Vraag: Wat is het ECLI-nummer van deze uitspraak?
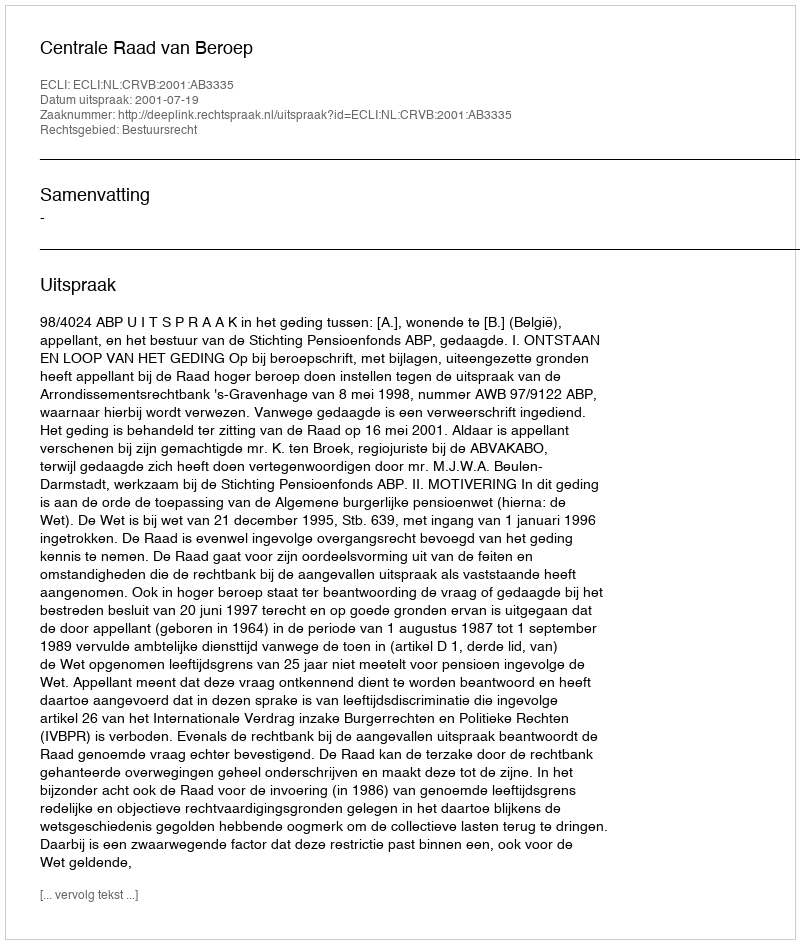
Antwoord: ECLI:NL:CRVB:2001:AB3335